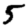
Digit: 5